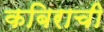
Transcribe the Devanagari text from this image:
कबिराची